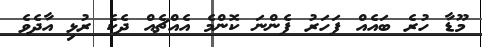
މޫޑާ ހުރެ ބައެއް ފަހަރު ފެންނަ ކޮންމެ އެއްޗެއް ދެކެ ރުޅި އާދެވެ